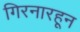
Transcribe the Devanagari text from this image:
गिरनारहून